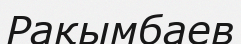
Рақымбаев